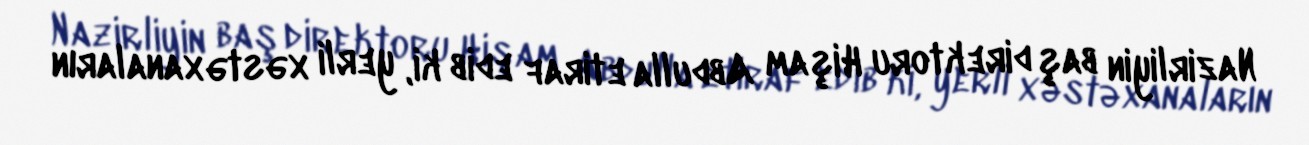
Nazirliyin baş direktoru Hişam Abdulla etiraf edib ki, yerli xəstəxanaların